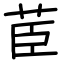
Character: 茞